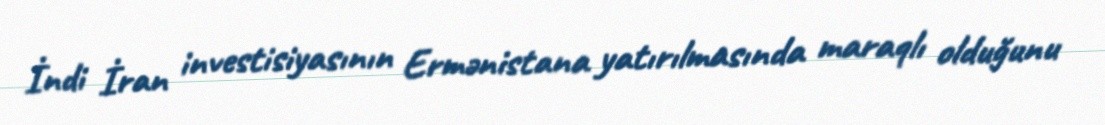
İndi İran investisiyasının Ermənistana yatırılmasında maraqlı olduğunu